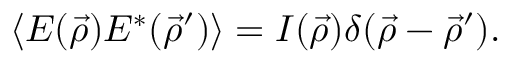
\langle E ( \vec { \rho } ) E ^ { * } ( \vec { \rho } ^ { \prime } ) \rangle = I ( \vec { \rho } ) \delta ( \vec { \rho } - \vec { \rho } ^ { \prime } ) .